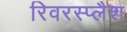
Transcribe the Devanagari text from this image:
रिवरस्प्लैश